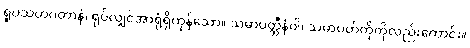
ရူပသဟဂတာနံ၊ ရုပ်လျှင်အာရုံရှိကုန်သော။ သမာပတ္တီနံဝါ၊ သမာပတ်တိုကိုလည်းကောင်း။